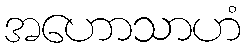
အဟောသာဟံ